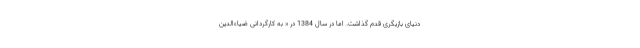
دنیای بازیگری قدم گذاشت. اما در سال 1384 در « به کارگردانی ضیاءالدین